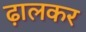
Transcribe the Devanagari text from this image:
ढ़ालकर